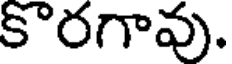
కొరగావు.